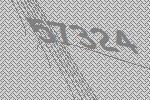
57324